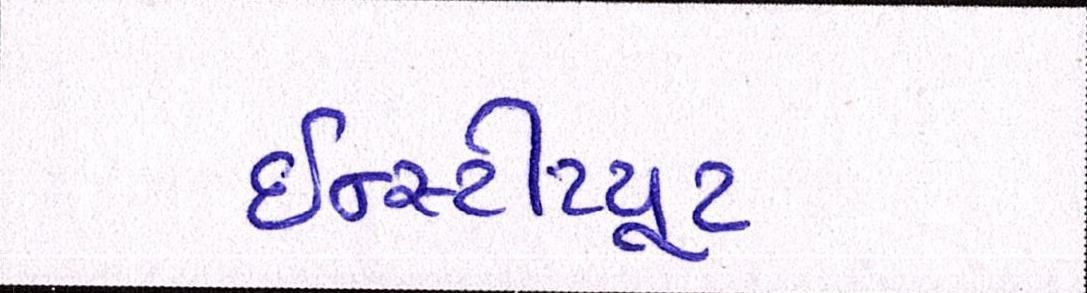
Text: ઇન્સ્ટીટયૂટ